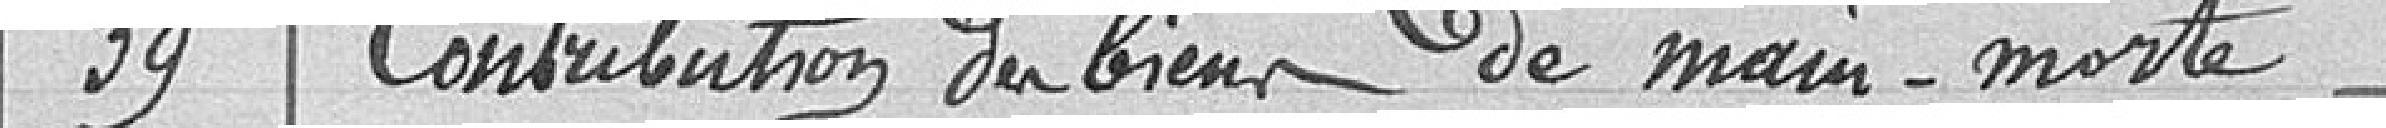
39 Contribution du bien de main-morte